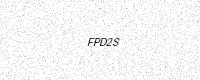
Text: FPD2S